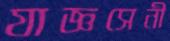
যাজ্ঞসেনী